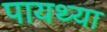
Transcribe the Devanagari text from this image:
पायथ्या